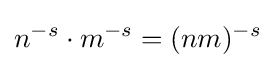
n^{-s}\cdot m^{-s}=(nm)^{-s}